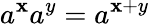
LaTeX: a^{\mathbf{x}}a^{y}=a^{\mathbf{x}+y}